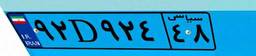
۹۲D۹۲۴۴۸